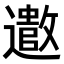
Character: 𫑍